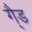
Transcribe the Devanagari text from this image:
गै्ड